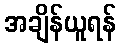
အချိန်ယူရန်